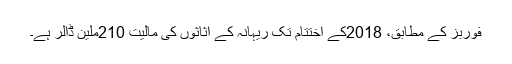
فوربز کے مطابق، 2018کے اختتام تک ریہانہ کے اثاثوں کی مالیت 210ملین ڈالر ہے۔